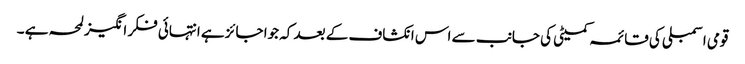
قومی اسمبلی کی قائمہ کمیٹی کی جانب سے اس انکشاف کے بعد کہ جوا جائز ہے انتہائی فکر انگیز لمحہ ہے ۔